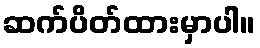
ဆက်ပိတ်ထားမှာပါ။